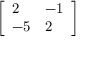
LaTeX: \left[ { \begin{array} { l l } { 2 } & { - 1 } \\ { - 5 } & { 2 } \end{array} } \right]